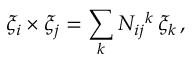
\xi _ { i } \times \xi _ { j } = \sum _ { k } N _ { i j } { } ^ { k } \, \xi _ { k } \, ,